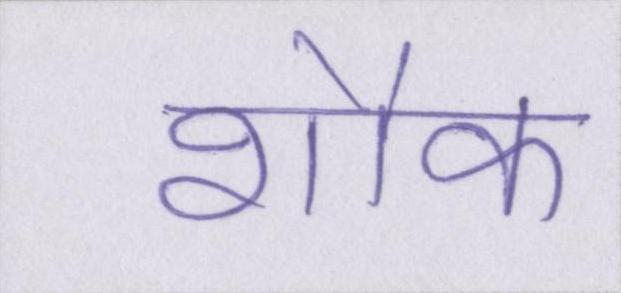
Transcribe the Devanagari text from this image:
शौक